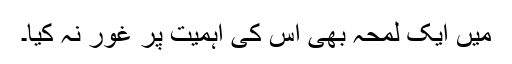
میں ایک لمحہ بھی اس کی اہمیت پر غور نہ کیا۔